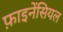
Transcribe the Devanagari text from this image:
फ़ाइनेंसियल